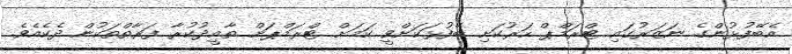
އެބޭފުޅުންގެ ނަޒަރުގައި ޓްރަމްޕް ހަރުކަށި ބޭފުޅަކަށްވީ ކަމަށް ޓްރަމްޕަށް ތާއީދުކުރާ ފަރާތްތަކުން ދެކެއެވެ.